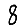
Digit: 8